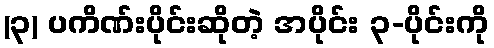
(၃) ပကိဏ်းပိုင်းဆိုတဲ့ အပိုင်း ၃-ပိုင်းကို